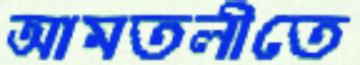
আমতলীতে